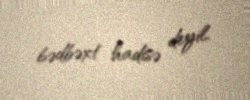
bədbəxt hadisə deyil.